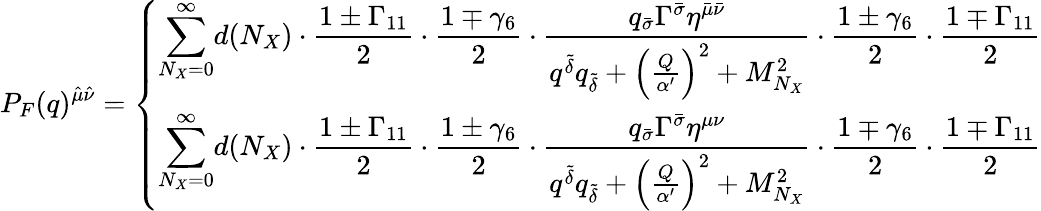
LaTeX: P_{F}(q)^{{\hat{\mu}}{\hat{\nu}}}=\left\{ \begin{array}{l}{{\displaystyle{\sum_{N_{X}=0}^{\infty}}d(N_{X})\cdot{\frac{1\pm\Gamma_{11}}{2}}\cdot{\frac{1\mp\gamma_{6}}{2}}\cdot{\frac{q_{\bar{\sigma}}\Gamma^{\bar{\sigma}}\eta^{{\bar{\mu}}{\bar{\nu}}}}{q^{\tilde{\delta}}q_{\tilde{\delta}}+\left({\frac{Q}{\alpha^{\prime}}}\right)^{2}+M_{N_{X}}^{2}}}\cdot{\frac{1\pm\gamma_{6}}{2}}\cdot{\frac{1\mp\Gamma_{11}}{2}}}}\\ {{\displaystyle{\sum_{N_{X}=0}^{\infty}}d(N_{X})\cdot{\frac{1\pm\Gamma_{11}}{2}}\cdot{\frac{1\pm\gamma_{6}}{2}}\cdot{\frac{q_{\bar{\sigma}}\Gamma^{\bar{\sigma}}\eta^{{\mu}{\nu}}}{q^{\tilde{\delta}}q_{\tilde{\delta}}+\left({\frac{Q}{\alpha^{\prime}}}\right)^{2}+M_{N_{X}}^{2}}}\cdot{\frac{1\mp\gamma_{6}}{2}}\cdot{\frac{1\mp\Gamma_{11}}{2}}}}\end{array}\right.